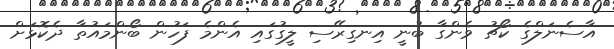
އާސެނަލްގެ ކޯޗު ވެންގާ ބުނީ އިނގިރޭސި ލީގުގައި އެންމެ ފަހުން ބޯންމައުތާ ދެކޮޅަށް